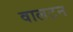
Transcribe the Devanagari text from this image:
वालटन